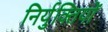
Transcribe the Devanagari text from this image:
निर्युक्तियों